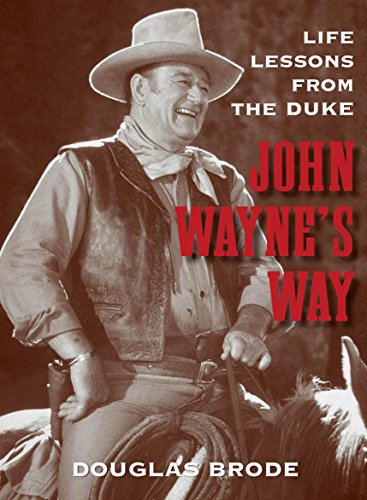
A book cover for John Wayne's Way: Life Lessons from the Duke; Douglas Brode; Humor & Entertainment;